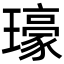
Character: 𤪗